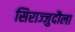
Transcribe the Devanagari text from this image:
सिराज्जुदौला